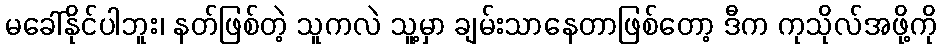
မခေါ်နိုင်ပါဘူး၊ နတ်ဖြစ်တဲ့ သူကလဲ သူ့မှာ ချမ်းသာနေတာဖြစ်တော့ ဒီက ကုသိုလ်အဖို့ကို